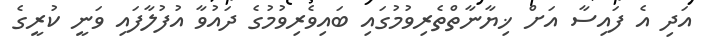
އަދި އެ ފައިސާ އަށް ޚިޔާނާތްތެރިވުމުގައި ބައިވެރިވުމުގެ ދައުވާ އުފުލާފައި ވަނީ ކުރީގެ